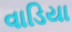
વાડિયા